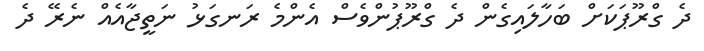
ދެ ގްރޫޕަކަށް ބަހާލައިގެން ދެ ގްރޫޕުންވެސް އެންމެ ރަނގަޅު ނަތީޖާއެއް ނެރޭ ދެ